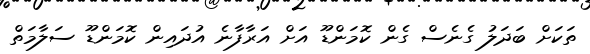
ތަކަށް ބަދަލު ގެނެސް ގެން ކޮމަންޑޫ އަށް އަރާފާނެ އުދައިން ކޮމަންޑޫ ސަލާމަތް